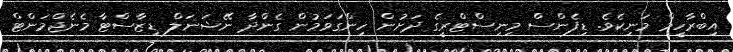
އިބްރާހީމް މަނިކެވެ. ޑިފެންސް މިނިސްޓްރީގެ ދަށުން ހިންގަވަމުން ގެންދާ ނޭޝަނަލް ޑިޒާސްޓާ މެނެޖްމަންޓް